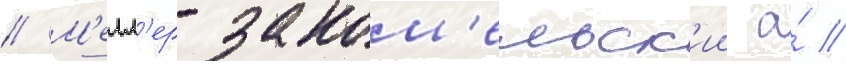
// М'елл'ер-заком'ельск'ии а́ //